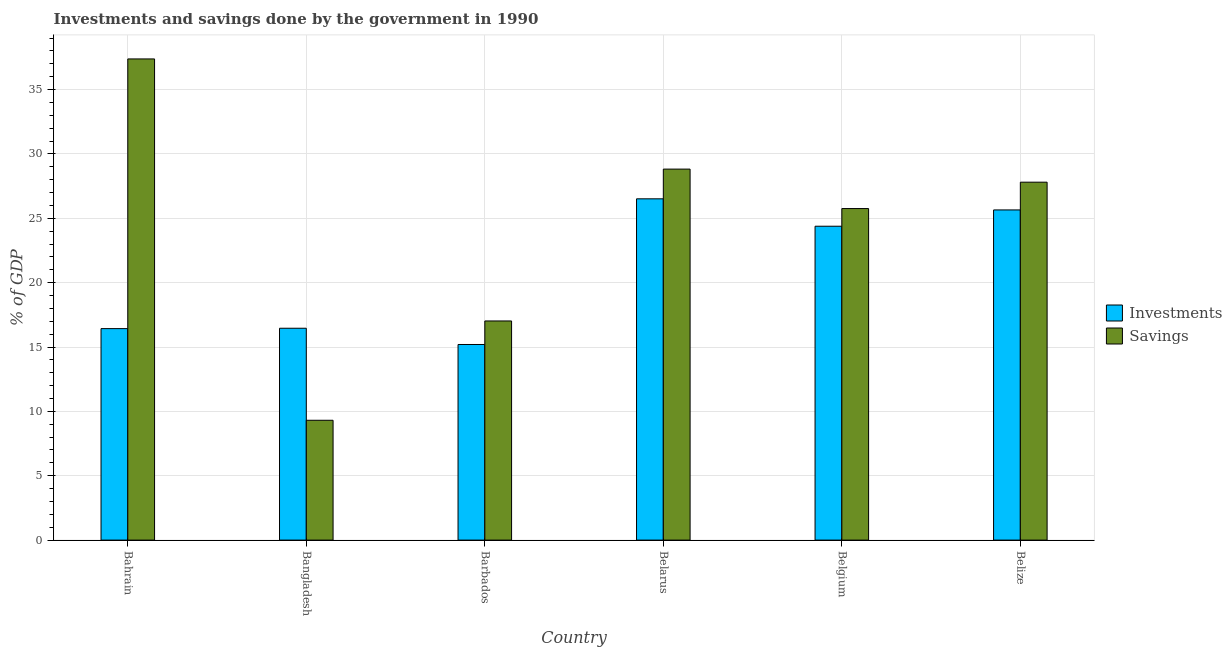
| Country | Investments | Savings |
 | --- | --- | --- |
 | Bahrain | 16.4 | 37.4 |
 | Bangladesh | 16.5 | 9.31 |
 | Barbados | 15.2 | 17 |
 | Belarus | 26.5 | 28.8 |
 | Belgium | 24.4 | 25.8 |
 | Belize | 25.7 | 27.8 |